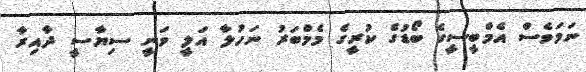
ނަމަވެސް އެމްބީސީގެ ބޯޑުގެ ކުރީގެ މެމްބަރު ނަހުލާ އަލީ ވަނީ ސިޔާސީ ދާއިރާ